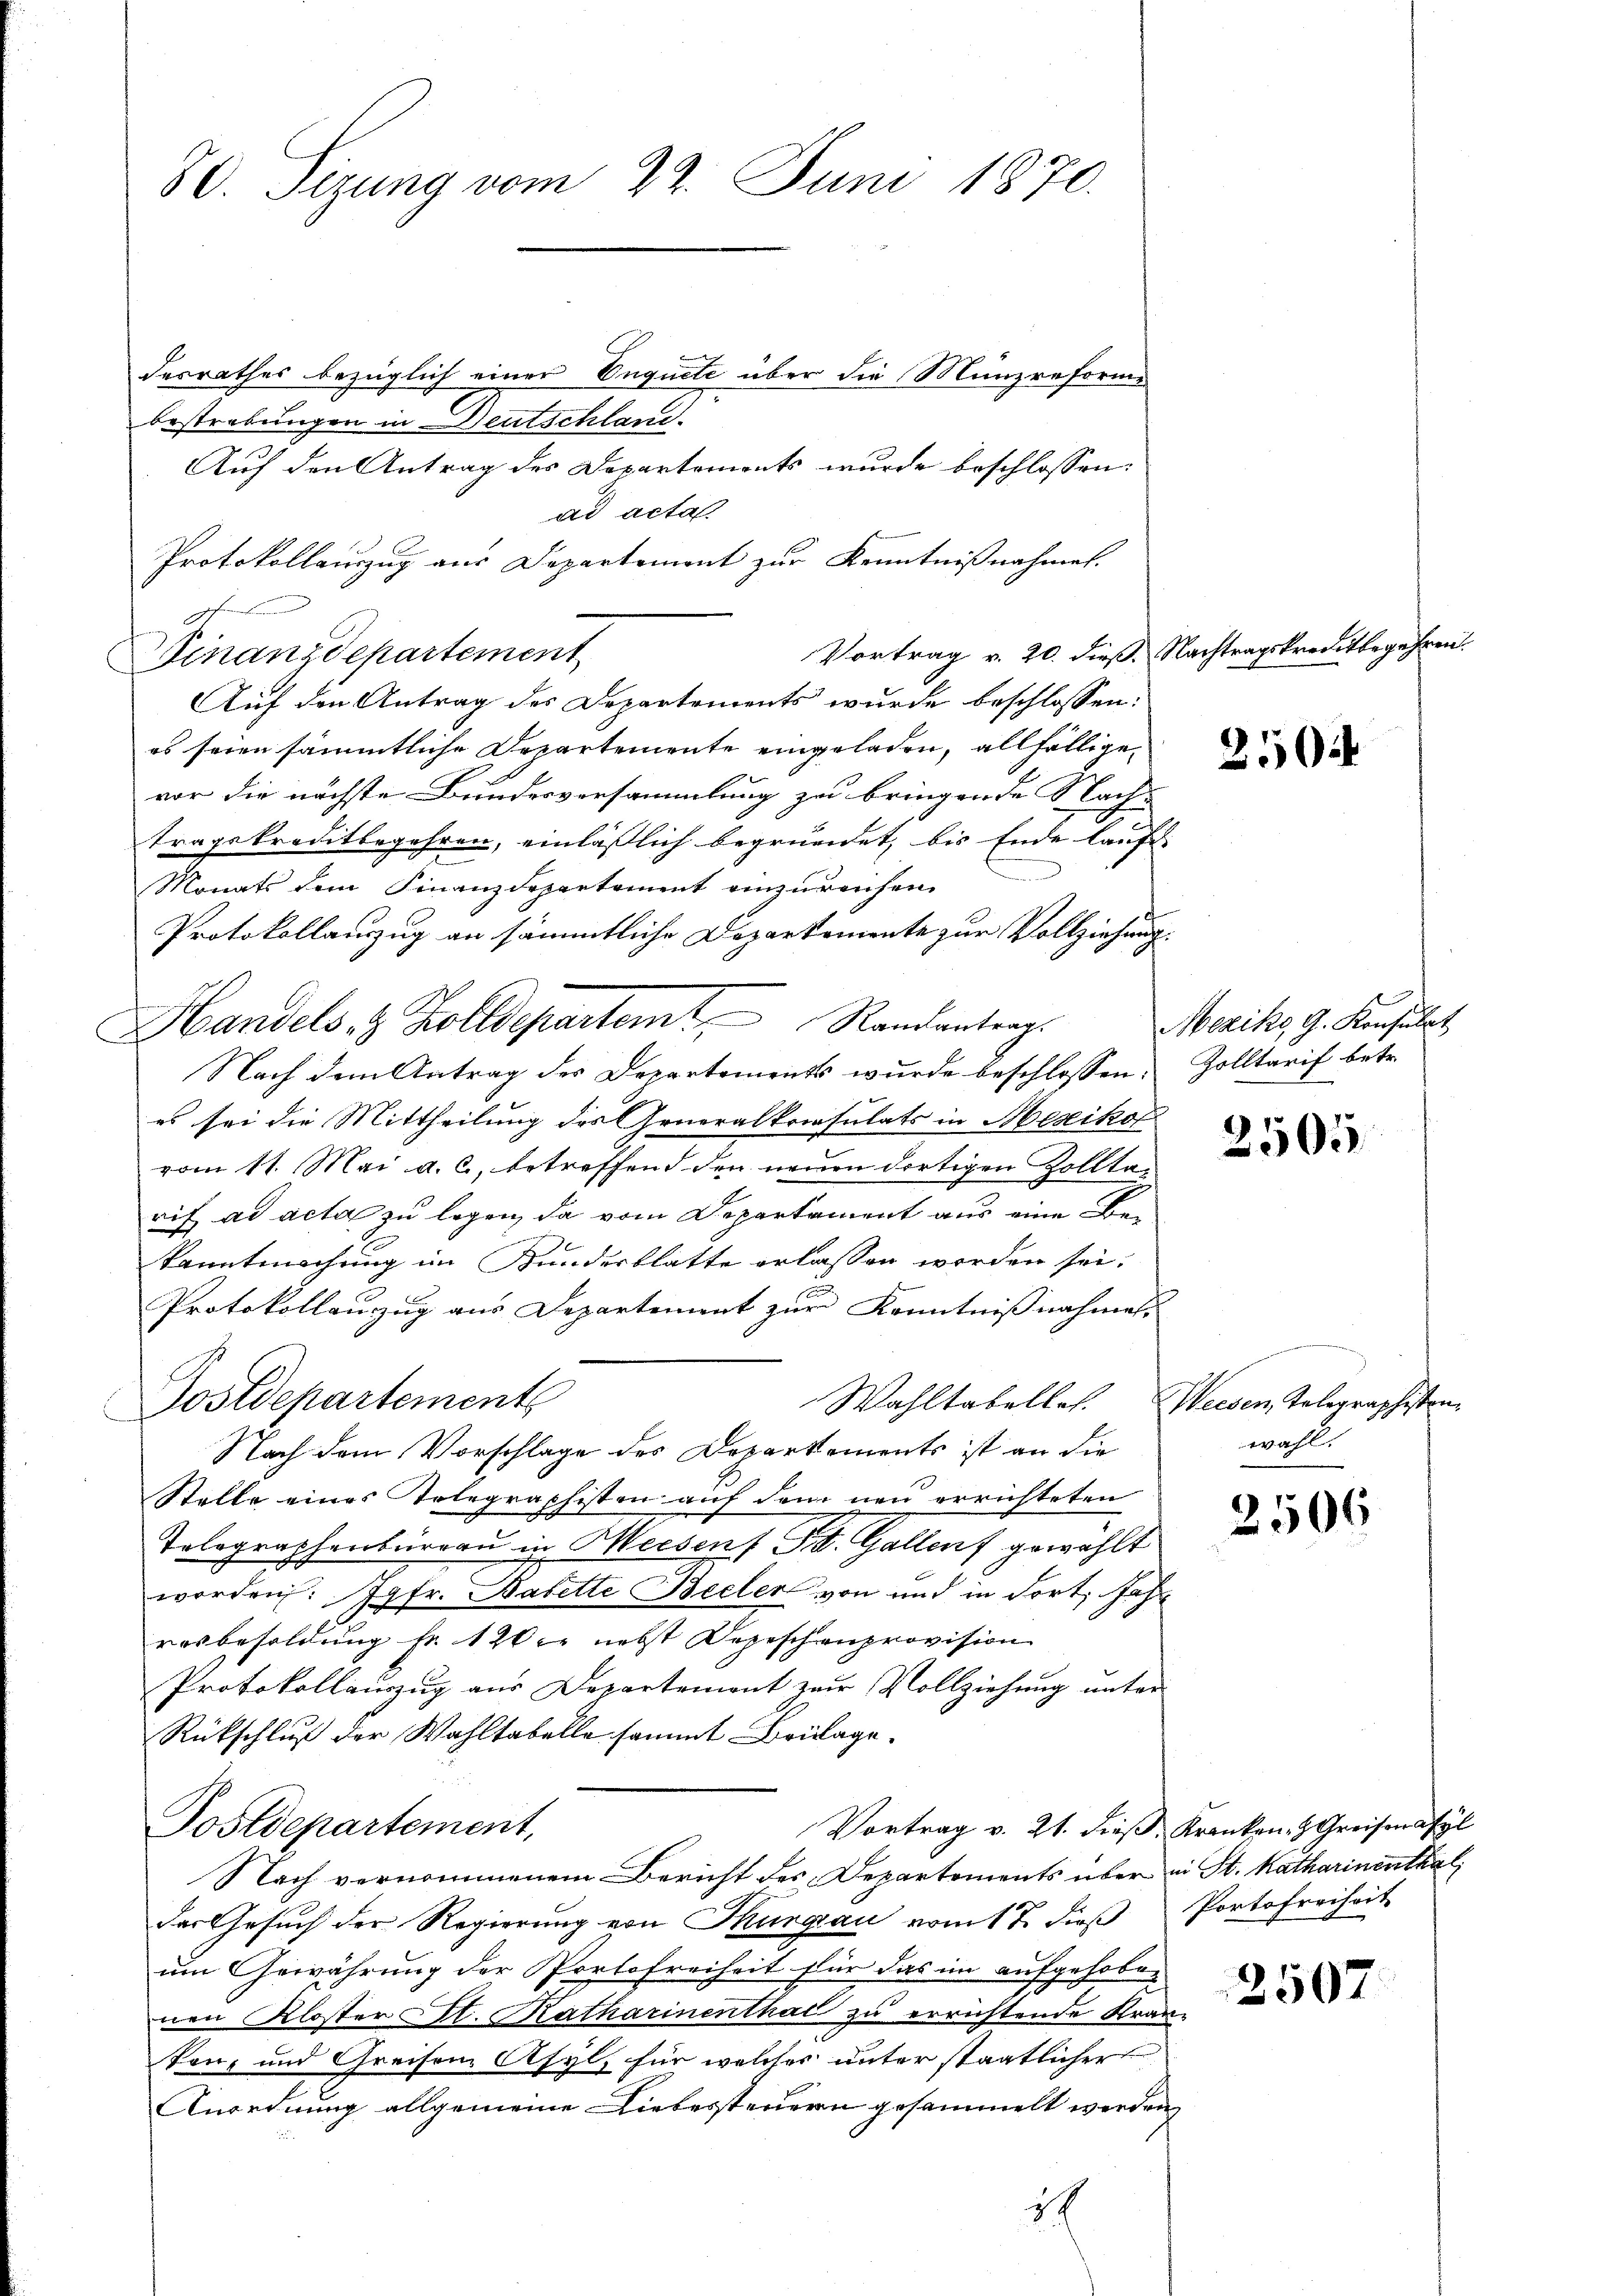
80. Sizung vom 22. Juni 1870.

desrathes bezüglich einer Enquete über die Münzreforme
bestrebungen in Deutschland.
Auf den Antrag des Departements wurde beschlossen:
ad acta
Protokollauszug aus Departement zur Kenntnißnahmen.
Finanzdepartement
Auf den Antrag des Departements wurde beschlossen:
es seien sämmtliche Departemente eingeladen, allfällige
vor die nächste Bundesversammlung zu bringende Nach
tragskreditbegehren, einläßlich begründet, bis Ende lauft
Monats dem Finanzdepartement einzureichen.
Protokollauszug an sämmtliche Departemente zur Vollziehung.
Nach dem Antrag des Departements wurde beschlossen:
es sei die Mittheilung des Generalkonsulats in Mesiko
vom 11. Mai a. c., betreffend den neuen dortigen Zolltarif ad acta zu legen, da vom Departament aus eine Bekanntmachung im Kundesblatte erlassen worden sei.
Protokollauzug aus Departement zur Kenntnißnahmen.
Wahltabelles. Weisen Telegraphisten
Postdepartements
Nach dem Vorschlage des Departements ist an die
Stelle eines Telegraphisten auf dem neu errichteten
Tolographenburgau in Meident St. Gallenf gewählt
worden: Jgfr. Basette Beeler von und in dort Jahr
rosbesoldung fr. 120 r nebst Depeschenprovision
Protokollauszug aus Departement zur Vollziehŭng ŭnter
Rückschluß der Wahltabelle sammt Beilage.
Postdepartement,
Vortrag v. 21. dieß, Kranken- & Greisenasyl
Nach vernommenem Bericht des Departements über in St. Katharinenthal,
der Gesuch der Regierung von Thurgau vom 17. dieβ Portofreiheit
um Gewährung der Portofreiheit für das im aufgehoben
ven Kloster St. Katharinenthal zu errichtende Kran-
kanz und Greifem Asyl, für welches unter staatlicher
Anordnung allgemeine Liebessteuern gesammelt werden,

c

Handels 8 Zolldepartem Randantrags

2

Vortrag v. 20. dieß. Nachtragskreditbegehren.

2504

Mezik, G. Konsulat
Zolltarif betr.

2505

e
wahl.

2506

2507